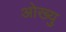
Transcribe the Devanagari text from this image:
ओख्यु